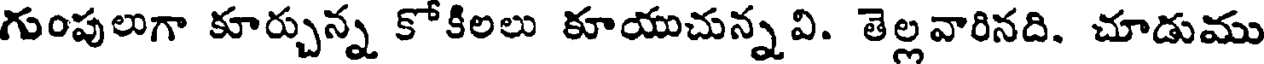
గుంపులుగా కూర్చున్న కోకిలలు కూయుచున్నవి. తెల్లవారినది. చూడుము